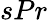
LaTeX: sPr